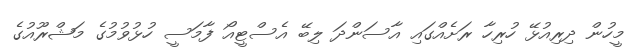
މީހުން ދިރިއުޅޭ ހުރިހާ ރަށެއްގައި އާސަންދަ ލިބޭ އެސްޓީއޯ ފާމަސީ ހުޅުވުމުގެ މަޝްރޫއުގެ